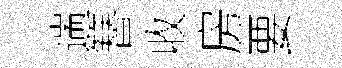
遄簮收房要